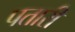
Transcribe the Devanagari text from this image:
पतारी